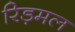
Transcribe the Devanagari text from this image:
रिड़मल